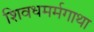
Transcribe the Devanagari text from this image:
शिवधमर्मगाथा